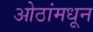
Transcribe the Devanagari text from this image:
ओठांमधून